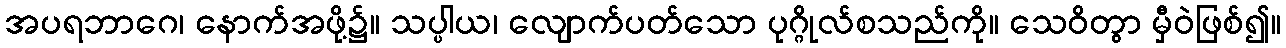
အပရဘာဂေ၊ နောက်အဖို့၌။ သပ္ပါယ၊ လျောက်ပတ်သော ပုဂ္ဂိုလ်စသည်ကို။ သေဝိတွာ မှီဝဲဖြစ်၍။